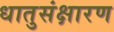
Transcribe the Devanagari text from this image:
धातुसंक्षारण